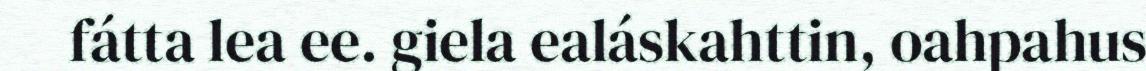
fátta lea ee. giela ealáskahttin, oahpahus